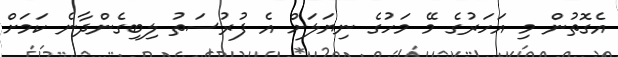
އެގޮތުން މި އަހަރުގެ މޭ މަހުގެ ނިޔަލަށް އެ ފުރުސަތު ލިބިގެންދާނެ ކަމަށް